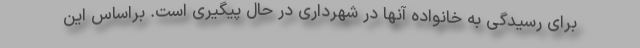
برای رسیدگی به خانواده آنها در شهرداری در حال پیگیری است. براساس این